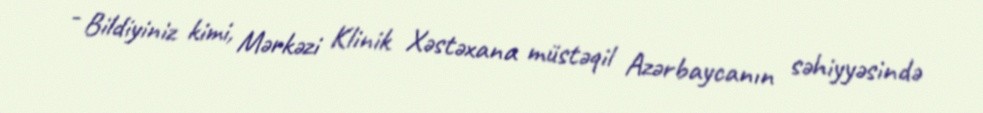
- Bildiyiniz kimi, Mərkəzi Klinik Xəstəxana müstəqil Azərbaycanın səhiyyəsində